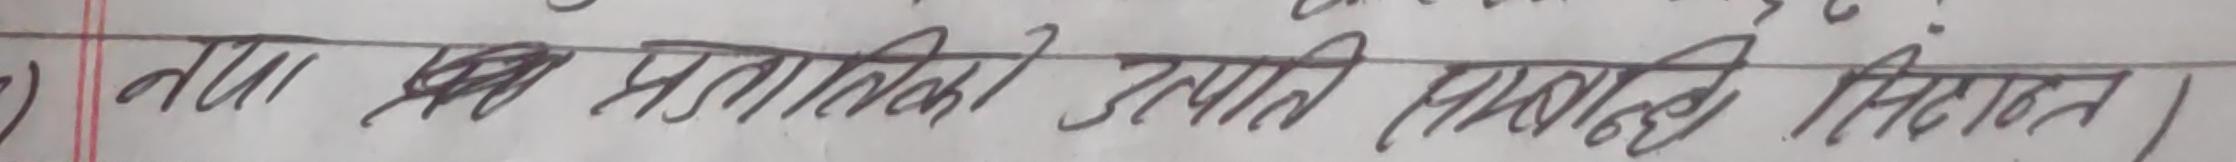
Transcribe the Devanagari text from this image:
नयाँ प्रविधि उत्पादन वृद्धि नियन्त्रण।